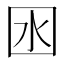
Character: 囦